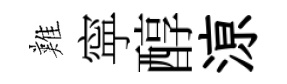
難寜醇鿌